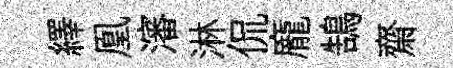
繹凰瀋淋侃龐鵠齋